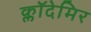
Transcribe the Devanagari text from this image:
क्लॉदेमिर